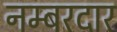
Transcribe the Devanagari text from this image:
नम्बरदार